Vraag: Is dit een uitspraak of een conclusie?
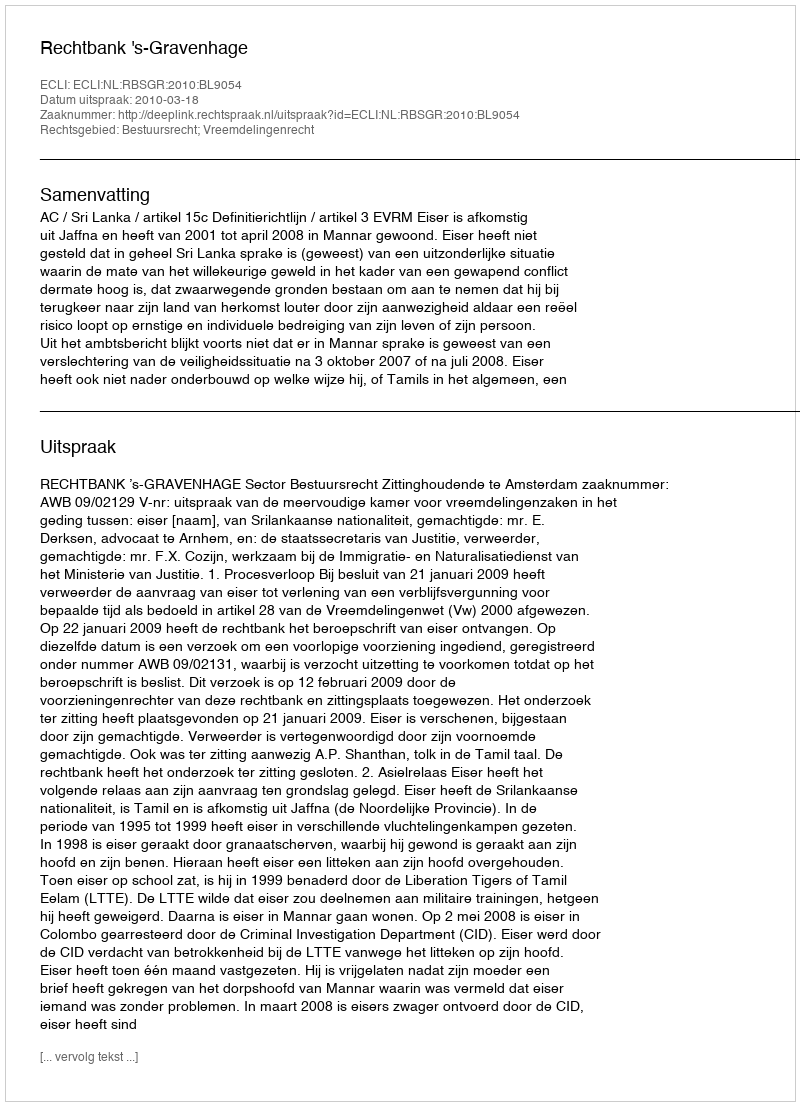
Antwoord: Uitspraak